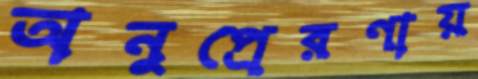
অনুপ্রেরণায়